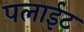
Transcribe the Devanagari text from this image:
पलाईट